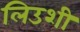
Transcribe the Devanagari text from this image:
लिउशी